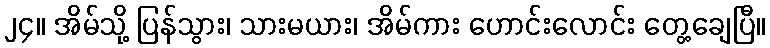
၂၄။ အိမ်သို့ ပြန်သွား၊ သားမယား၊ အိမ်ကား ဟောင်းလောင်း တွေ့ချေပြီ။